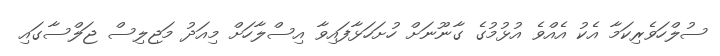
ސުލްހަވެރިކަމާ އެކު އެއްވެ އުޅުމުގެ ގާނޫނަށް ހުށަހަޅާފައިވާ އިސްލާހަށް މިއަދު މަޖިލިސް ޖަލްސާގައި